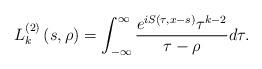
LaTeX: \begin{align*}L_{k}^{\left( 2\right) }\left( s,\rho\right) =\int_{-\infty}^{\infty}\frac{e^{iS(\tau,x-s)}\tau^{k-2}}{\tau-\rho}d\tau.\end{align*}